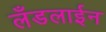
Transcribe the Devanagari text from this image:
लँडलाईन